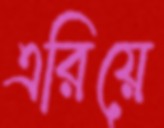
এরিয়ে